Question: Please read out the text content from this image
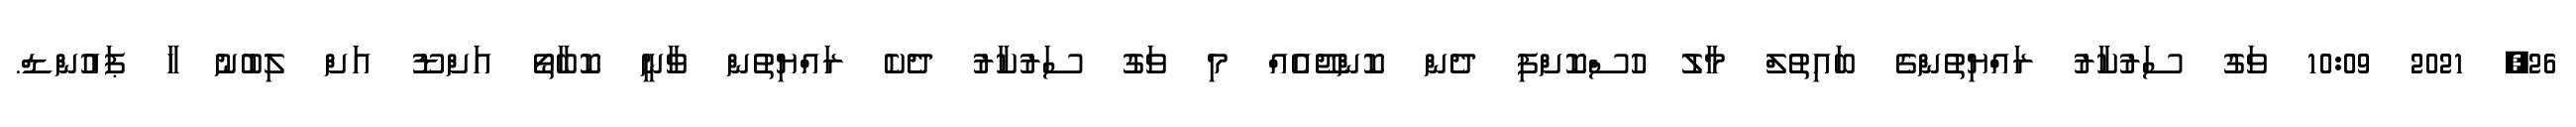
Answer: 26, 2021 10:09 ވަގު ސަރުކާރު ރައްޔިތުންގެ ބައިތުލް މާލު ހުސްކޮށްފި ދެން ކޮންޖޭއެއް މި ވަގު ސަރުކާރު ދެކެ ރައްޔިތުން ވާނީ ކޮބާތޯ އަށްޑޫ އަށް ލިބުނު ހާ ޕައުންޑް.